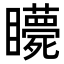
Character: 𥍇